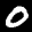
Label: 0